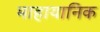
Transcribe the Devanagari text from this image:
माहायानिक